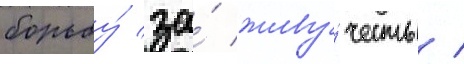
борьбу́ за́ живу́честь /